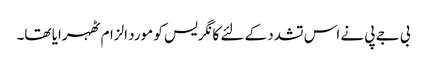
بی جے پی نے اس تشدد کے لئے کانگریس کو مورد الزام ٹھہرایا تھا۔